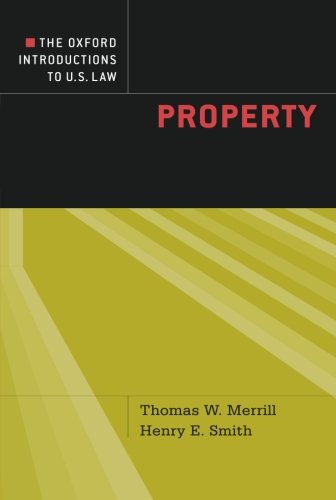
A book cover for The Oxford Introductions to U.S. Law: Property; Thomas W. Merrill; Law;